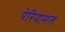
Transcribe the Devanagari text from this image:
पेरियामल